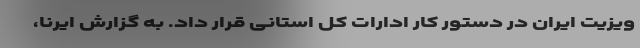
ویزیت ایران در دستور کار ادارات کل استانی قرار داد. به گزارش ایرنا،